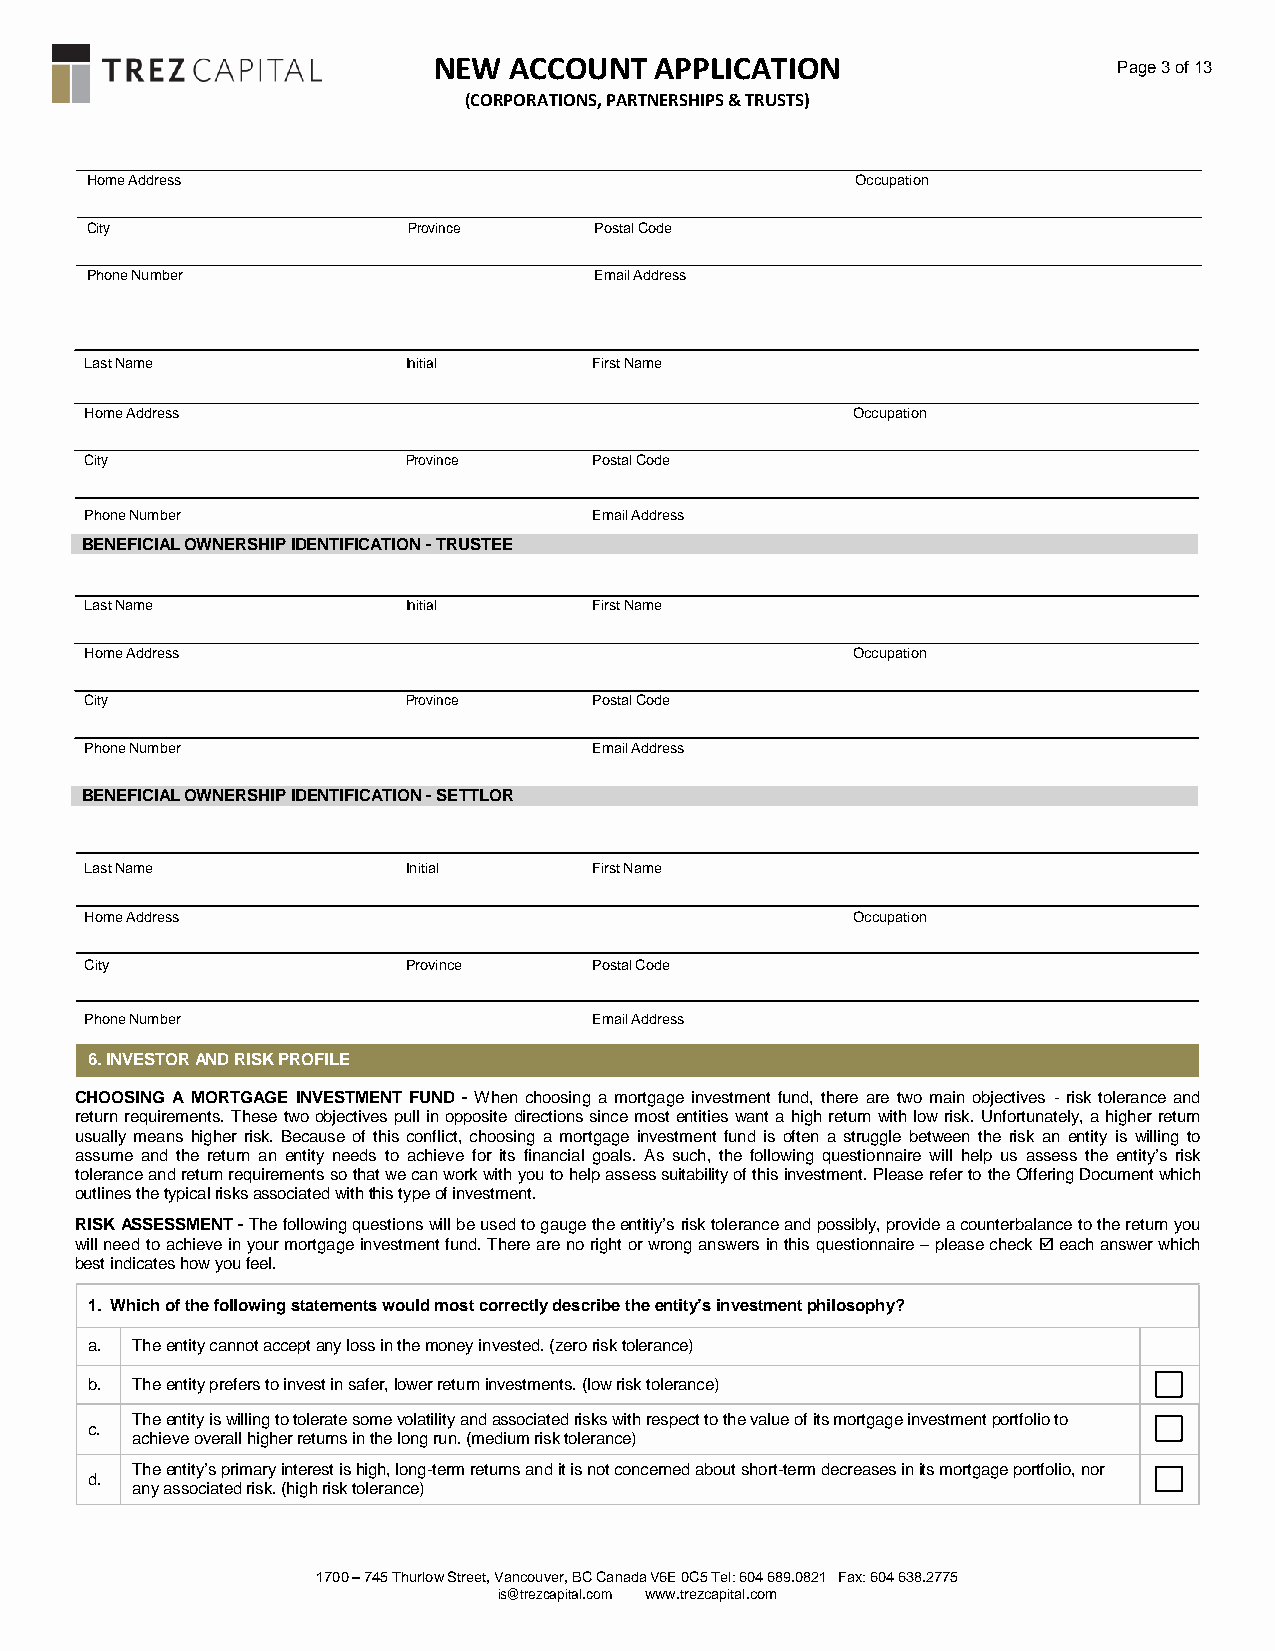
NEW  ACCOUNT  APPLICATION                    Page 3 of 13
 (CORPORATIONS, PARTNERSHIPS & TRUSTS)
 Home Address                                       Occupation
 City                 Province    Postal Code
 Phone Number                     Email Address
 Last Name            Initial     First Name
 Home Address                                      Occupation
 City                 Province    Postal Code
 Phone Number                     Email Address
 BENEFICIAL OWNERSHIP IDENTIFICATION - TRUSTEE
 Last Name            Initial     First Name
 Home Address                                      Occupation
 City                 Province    Postal Code
 Phone Number                     Email Address
 BENEFICIAL OWNERSHIP IDENTIFICATION - SETTLOR
 Last Name            Initial     First Name
 Home Address                                      Occupation
 City                 Province    Postal Code
 Phone Number                     Email Address
 6.INVESTOR AND RISK PROFILE
 CHOOSING A MORTGAGE INVESTMENT FUND - When choosing a mortgage investment fund, there are two main objectives - risk tolerance and
 return requirements. These two objectives pull in opposite directions since most entities want a high return with low risk. Unfortunately, a higher return
 usually means higher risk. Because of this conflict, choosing a mortgage investment fund is often a struggle between the risk an entity is willing to
 assume and the return an entity needs to achieve for its financial goals. As such, the following questionnaire will help us assess the entity’s risk
 tolerance and return requirements so that we can work with you to help assess suitability of this investment. Please refer to the Offering Document which
 outlines the typical risks associated with this type of investment.
 RISK ASSESSMENT - The following questions will be used to gauge the entitiy’s risk tolerance and possibly, provide a counterbalance to the return you
 will need to achieve in your mortgage investment fund. There are no right or wrong answers in this questionnaire – please check  each answer which
 best indicates how you feel.
 1. Which of the following statements would most correctly describe the entity’s investment philosophy?
 a. The entity cannot accept any loss in the money invested. (zero risk tolerance)
 
 b. The entity prefers to invest in safer, lower return investments. (low risk tolerance)
 The entity is willing to tolerate some volatility and associated risks with respect to the value of its mortgage investment portfolio to 
 c.
 achieve overall higher returns in the long run. (medium risk tolerance)
 The entity’s primary interest is high, long-term returns and it is not concerned about short-term decreases in its mortgage portfolio, nor 
 d.
 any associated risk. (high risk tolerance)
 1700 – 745 Thurlow Street, Vancouver, BC Canada V6E 0C5 Tel: 604 689.0821 Fax: 604 638.2775
 is@trezcapital.com www.trezcapital.com